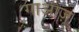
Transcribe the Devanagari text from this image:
गाओज़ू